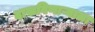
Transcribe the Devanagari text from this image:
दाखविणाऱ्याला